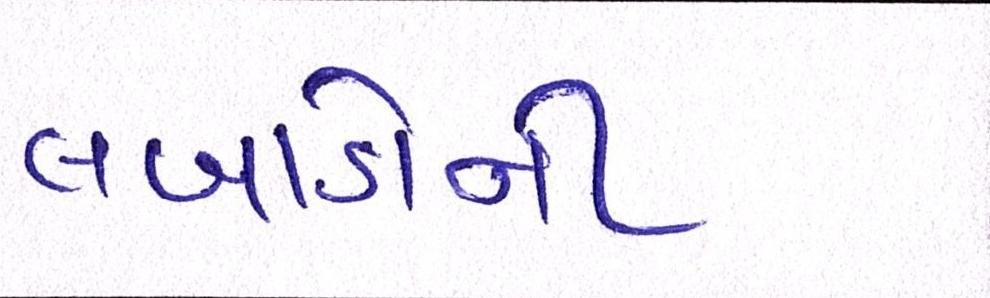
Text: લબાડોની